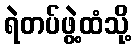
ရဲတပ်ဖွဲ့ထံသို့